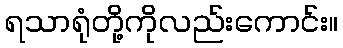
ရသာရုံတို့ကိုလည်းကောင်း။